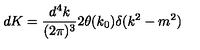
d K = \frac { d ^ { 4 } k } { ( 2 \pi ) ^ { 3 } } 2 \theta ( k _ { 0 } ) \delta ( k ^ { 2 } - m ^ { 2 } )